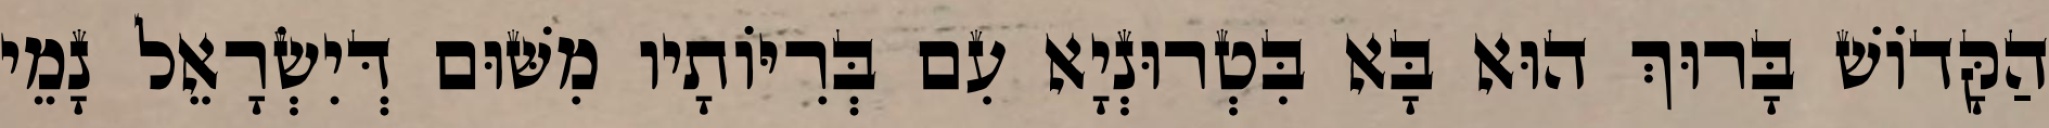
הַקָּדוֹשׁ בָּרוּךְ הוּא בָּא בִּטְרוּנְיָא עִם בְּרִיּוֹתָיו מִשּׁוּם דְּיִשְׂרָאֵל נָמֵי